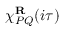
\chi _ { P Q } ^ { \mathbf { R } } ( i \tau )